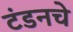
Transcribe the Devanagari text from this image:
टंडनचे